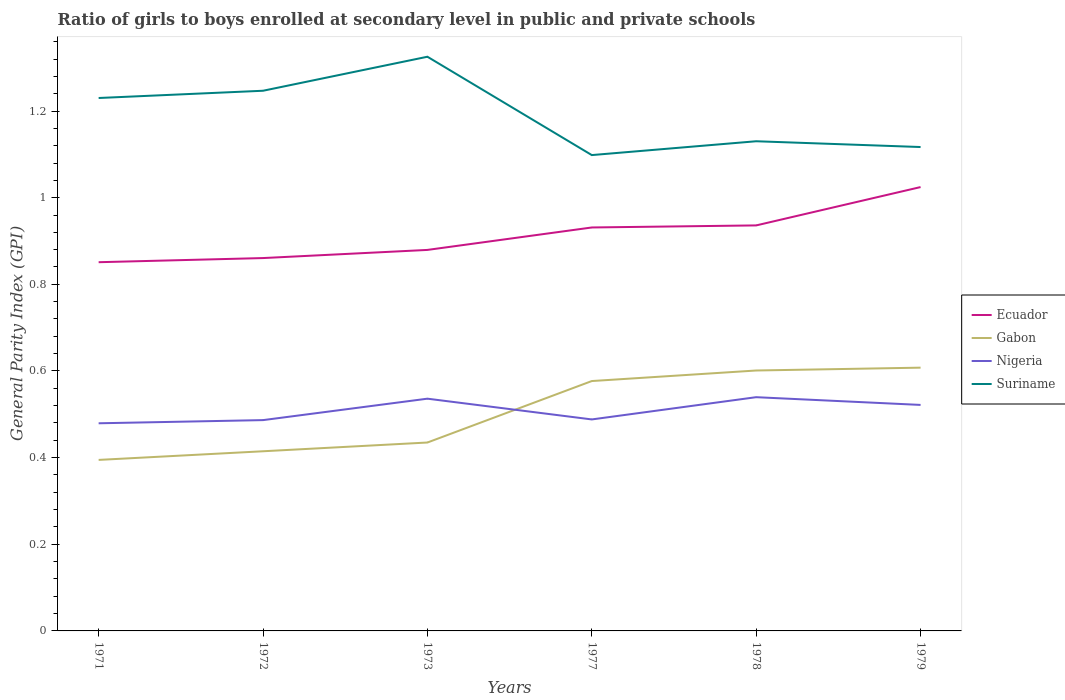
| Years | Ecuador | Gabon | Nigeria | Suriname |
 | --- | --- | --- | --- | --- |
 | 1971 | 0.851 | 0.395 | 0.479 | 1.23 |
 | 1972 | 0.861 | 0.415 | 0.487 | 1.25 |
 | 1973 | 0.879 | 0.435 | 0.536 | 1.33 |
 | 1977 | 0.931 | 0.577 | 0.488 | 1.1 |
 | 1978 | 0.936 | 0.601 | 0.54 | 1.13 |
 | 1979 | 1.02 | 0.608 | 0.522 | 1.12 |